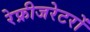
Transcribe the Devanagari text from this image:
रेफ्रीजरेटरों